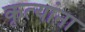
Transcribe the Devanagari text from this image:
कृत्यांना